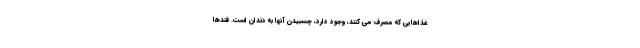
غذاهایی که مصرف می کنند، وجود دارد، چسبیدن آنها به دندان است. قندها